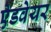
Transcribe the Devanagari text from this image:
ऐडवेयर